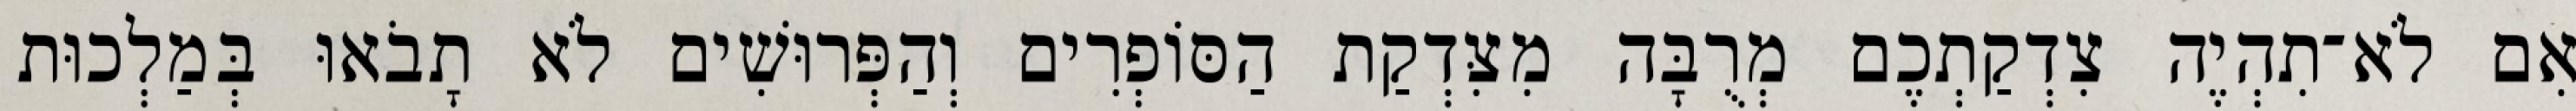
אִם לֹא־תִהְיֶה צִדְקַתְכֶם מְרֻבָּה מִצִּדְקַת הַסּוֹפְרִים וְהַפְּרוּשִׁים לֹא תָבֹאוּ בְּמַלְכוּת